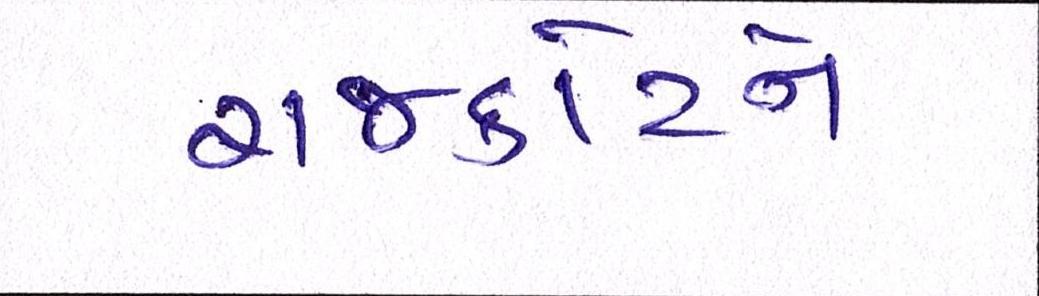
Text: રાજકોટને